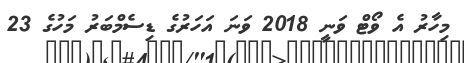
މިހާރު އެ ވޯޓް ވަނީ 2018 ވަނަ އަހަރުގެ ޑިސެމްބަރު މަހުގެ 23